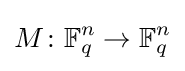
M\colon \mathbb {F} _{q}^{n}\to \mathbb {F} _{q}^{n}